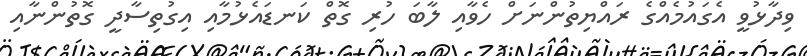
ވިދާޅުވީ އެގައުމެއްގެ ރައްޔިތުންނަށް ހެވާއި ލާބަ ހުރި ގޮތް ކަނޑައެޅުމާއި އިގުތިސާދީ ގޮތުންނާއި